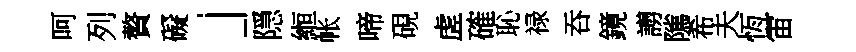
呵列贅礙」隠縆帐啼硯虗確恥禄吞鏡謭隲希夫恆宙